Leprosy in India: report of the Leprosy Commission in India, 1890-91
Year: 1890
Disease focus: Leprosy
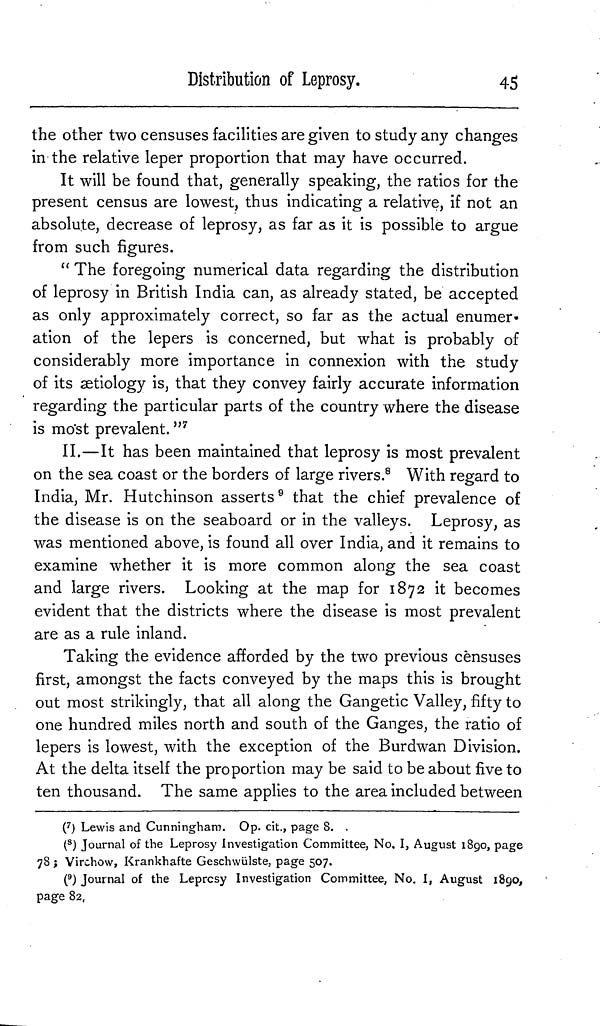
Distribution of Leprosy.
45
the other two censuses facilities are given to study any changes
in the relative leper proportion that may have occurred.
It will be found that, generally speaking, the ratios for the
present census are lowest, thus indicating a relative, if not an
absolute, decrease of leprosy, as far as it is possible to argue
from such figures.
" The foregoing numerical data regarding the distribution
of leprosy in British India can, as already stated, be accepted
as only approximately correct, so far as the actual enumer-
ation of the lepers is concerned, but what is probably of
considerably more importance in connexion with the study
of its aetiology is, that they convey fairly accurate information
regarding the particular parts of the country where the disease
is most prevalent. " 7
II.—It has been maintained that leprosy is most prevalent
on the sea coast or the borders of large rivers. 8 With regard to
India, Mr. Hutchinson asserts 9 that the chief prevalence of
the disease is on the seaboard or in the valleys. Leprosy, as
was mentioned above, is found all over India, and it remains to
examine whether it is more common along the sea coast
and large rivers. Looking at the map for 1872 it becomes
evident that the districts where the disease is most prevalent
are as a rule inland.
Taking the evidence afforded by the two previous censuses
first, amongst the facts conveyed by the maps this is brought
out most strikingly, that all along the Gangetic Valley, fifty to
one hundred miles north and south of the Ganges, the ratio of
lepers is lowest, with the exception of the Burdwan Division.
At the delta itself the proportion may be said to be about five to
ten thousand. The same applies to the area included between
( 7 ) Lewis and Cunningham. Op. cit., page 8. .
( 8 ) Journal of the Leprosy Investigation Committee, No. I, August 1890, page
78 ; Virchow, Krankhafte Geschwülste, page 507.
( 9 ) Journal of the Leprcsy Investigation Committee, No. I, August 1890,
page 82,